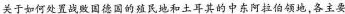
关于如何处置战败国德国的殖民地和土耳其的中东阿拉伯领地，各主要